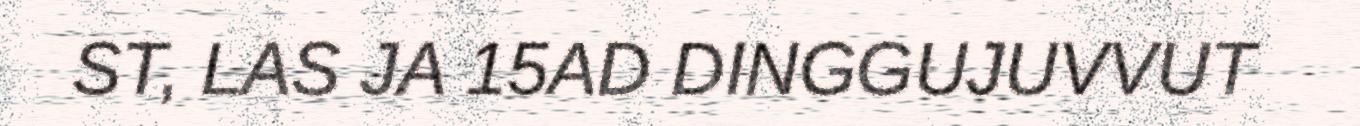
ST, LAS JA 15AD DINGGUJUVVUT